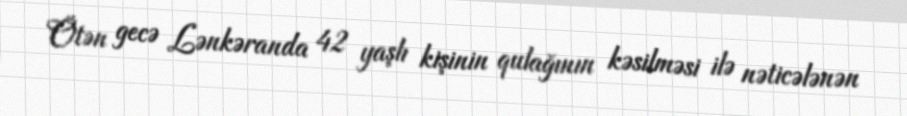
Ötən gecə Lənkəranda 42 yaşlı kişinin qulağının kəsilməsi ilə nəticələnən